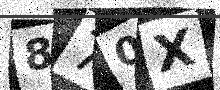
Text: 870X